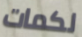
لكمات